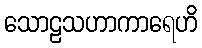
သောဠသဟာကာရေဟိ